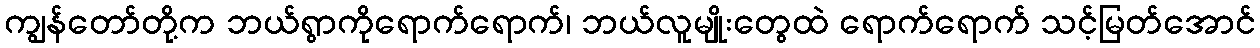
ကျွန်တော်တို့က ဘယ်ရွာကိုရောက်ရောက်၊ ဘယ်လူမျိုးတွေထဲ ရောက်ရောက် သင့်မြတ်အောင်